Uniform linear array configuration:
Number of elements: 8
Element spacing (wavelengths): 0.75
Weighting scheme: binomial
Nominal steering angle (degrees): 0
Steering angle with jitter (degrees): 0.3399
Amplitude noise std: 0.05
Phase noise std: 0.05

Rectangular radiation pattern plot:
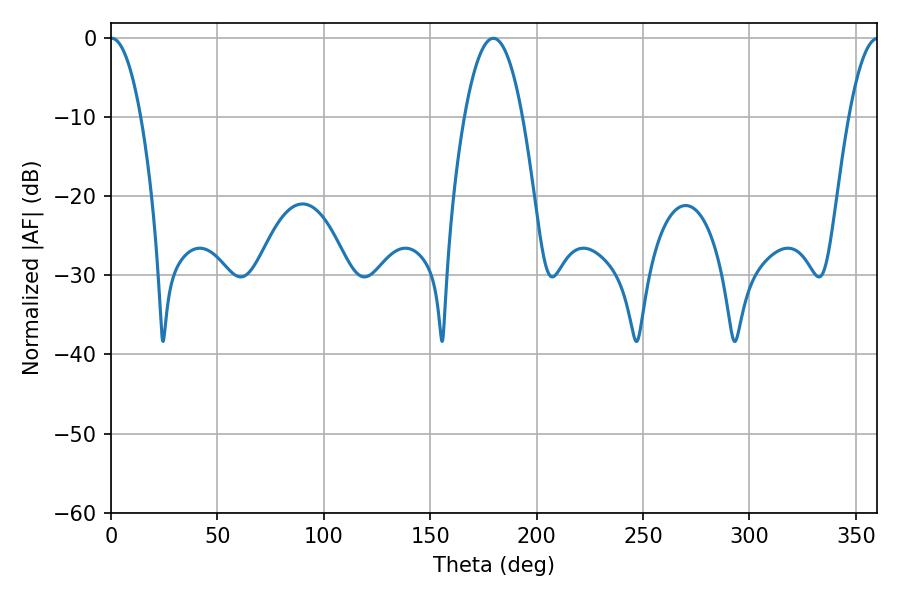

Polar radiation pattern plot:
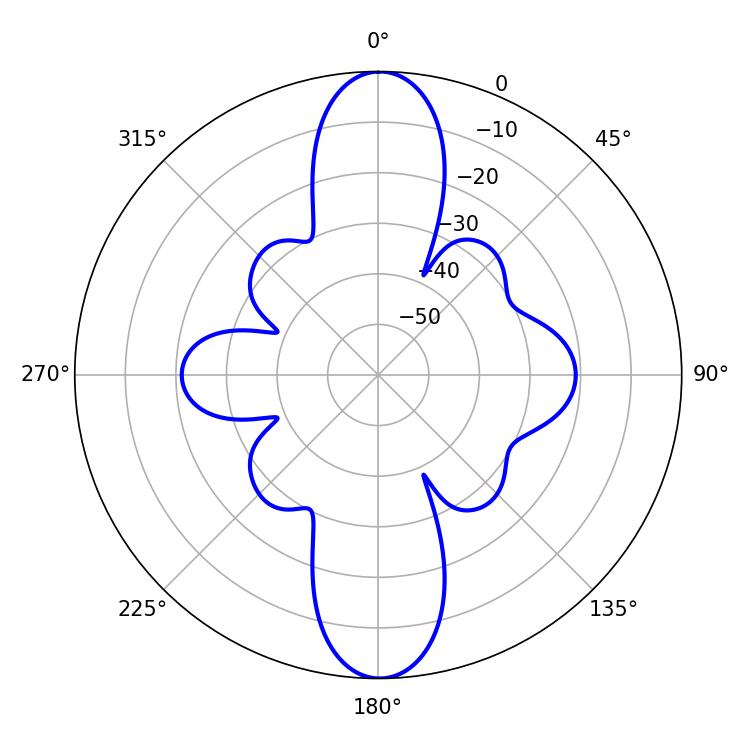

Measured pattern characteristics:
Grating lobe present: TRUE
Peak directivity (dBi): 27.145
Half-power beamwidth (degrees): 7.92
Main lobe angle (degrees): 0.36